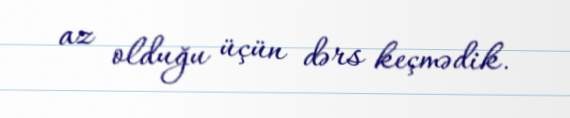
az olduğu üçün dərs keçmədik.